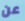
عن